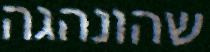
שהונהגה